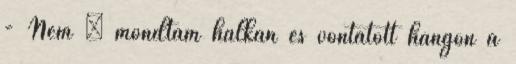
- Nem – mondtam halkan és vontatott hangon a